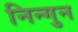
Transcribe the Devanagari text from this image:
निन्गुन